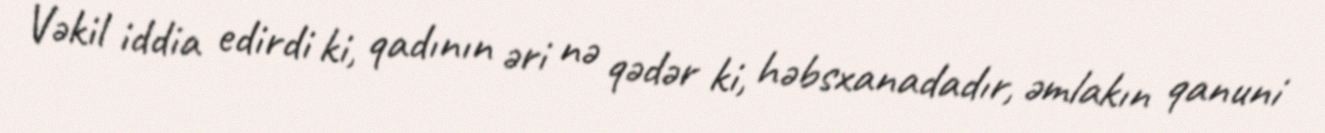
Vəkil iddia edirdi ki, qadının əri nə qədər ki, həbsxanadadır, əmlakın qanuni